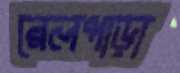
রেলপাড়া